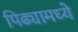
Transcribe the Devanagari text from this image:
पिढ्यामध्ये